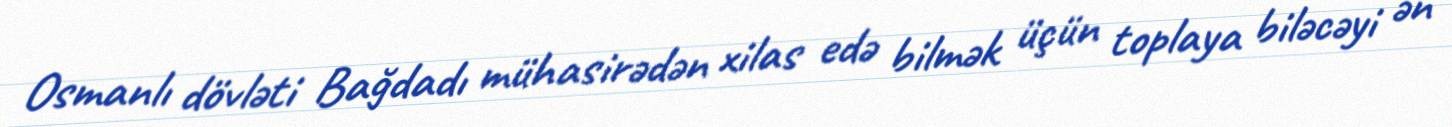
Osmanlı dövləti Bağdadı mühasirədən xilas edə bilmək üçün toplaya biləcəyi ən